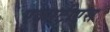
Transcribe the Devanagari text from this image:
एक्सटीएस